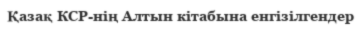
Қазақ КСР-нің Алтын кітабына енгізілгендер